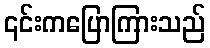
၎င်းကပြောကြားသည်